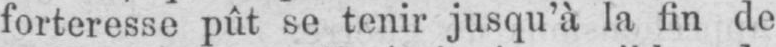
forteresse pût se tenir jusqu’à la lin de